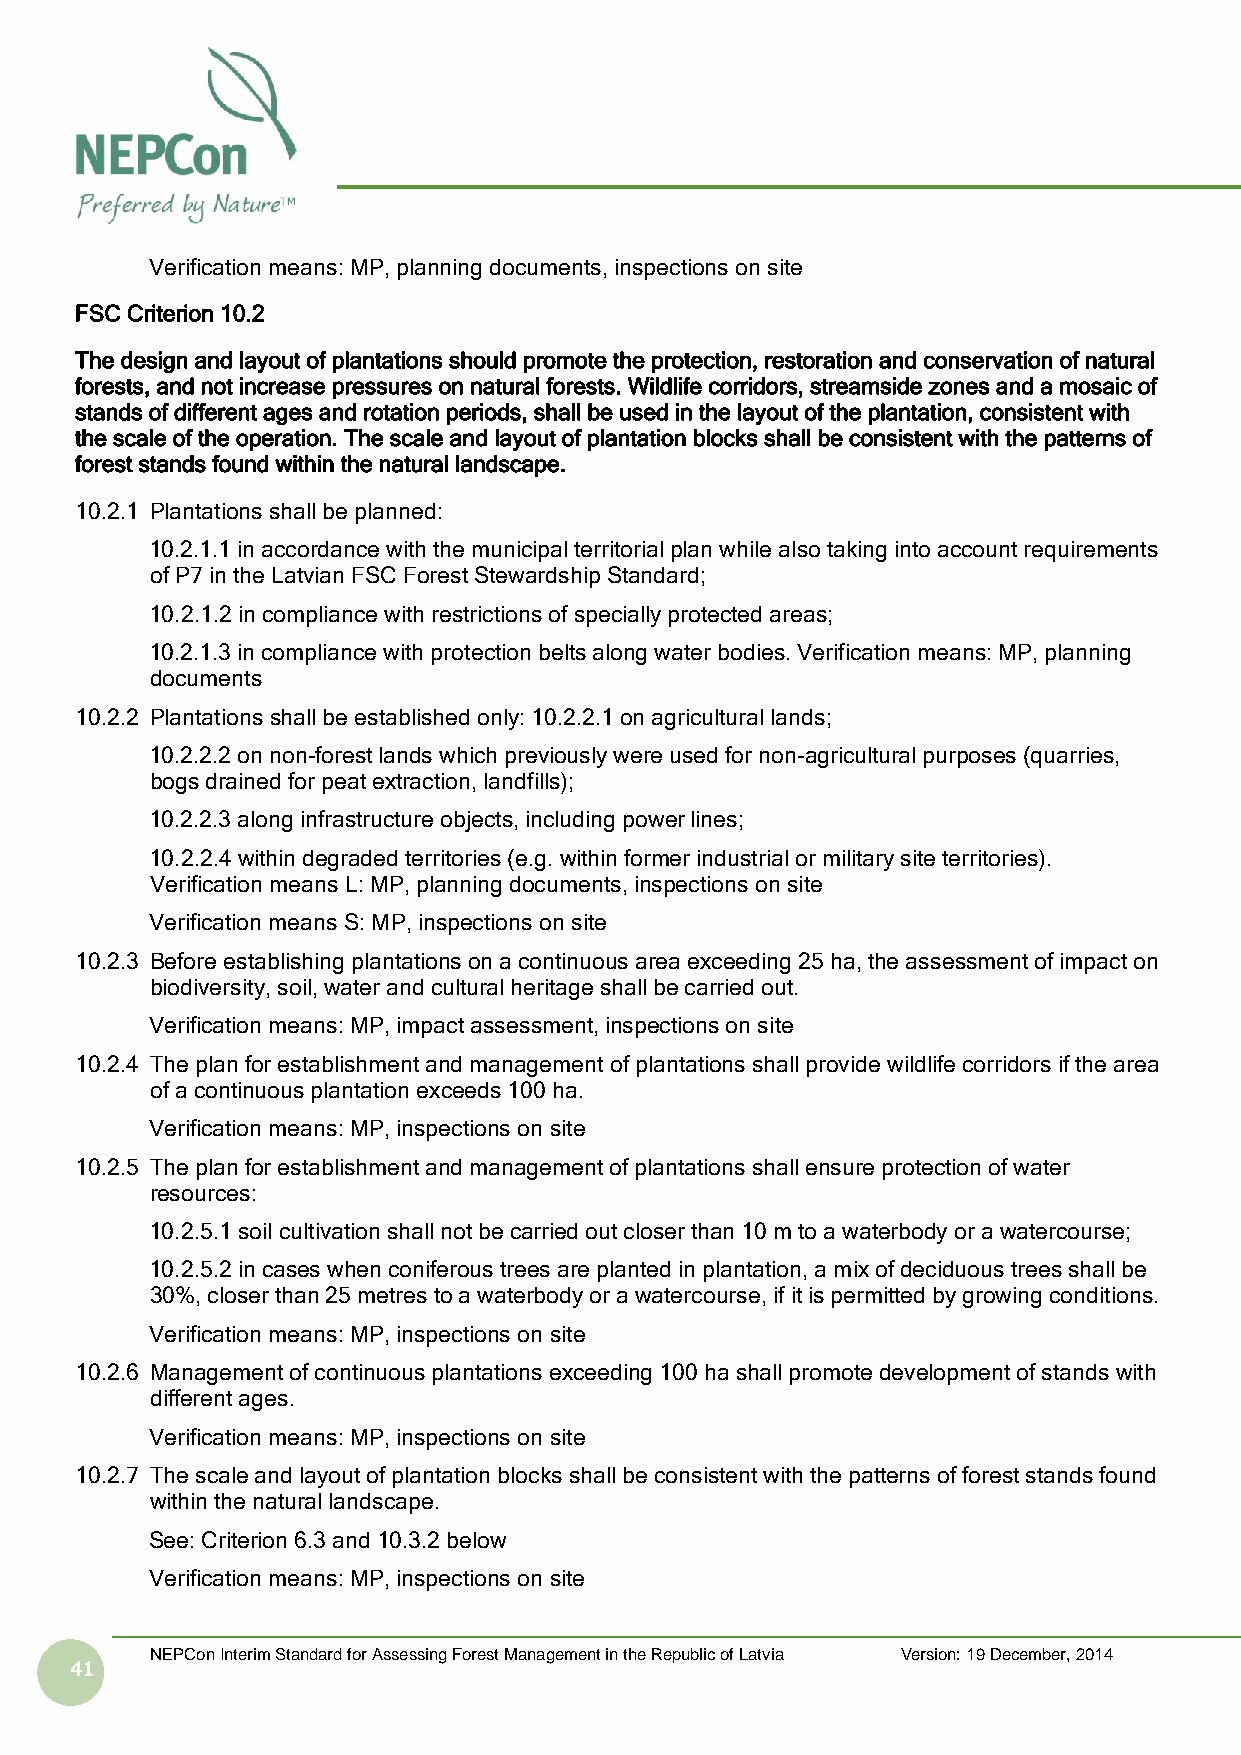
Verification means: MP, planning documents, inspections on site
 FSC Criterion 10.2
 The design and layout of plantations should promote the protection, restoration and conservation of natural
 forests, and not increase pressures on natural forests. Wildlife corridors, streamside zones and a mosaic of
 stands of different ages and rotation periods, shall be used in the layout of the plantation, consistent with
 the scale of the operation. The scale and layout of plantation blocks shall be consistent with the patterns of
 forest stands found within the natural landscape.
 10.2.1 Plantations shall be planned:
 10.2.1.1 in accordance with the municipal territorial plan while also taking into account requirements
 of P7 in the Latvian FSC Forest Stewardship Standard;
 10.2.1.2 in compliance with restrictions of specially protected areas;
 10.2.1.3 in compliance with protection belts along water bodies. Verification means: MP, planning
 documents
 10.2.2 Plantations shall be established only: 10.2.2.1 on agricultural lands;
 10.2.2.2 on non-forest lands which previously were used for non-agricultural purposes (quarries,
 bogs drained for peat extraction, landfills);
 10.2.2.3 along infrastructure objects, including power lines;
 10.2.2.4 within degraded territories (e.g. within former industrial or military site territories).
 Verification means L: MP, planning documents, inspections on site
 Verification means S: MP, inspections on site
 10.2.3 Before establishing plantations on a continuous area exceeding 25 ha, the assessment of impact on
 biodiversity, soil, water and cultural heritage shall be carried out.
 Verification means: MP, impact assessment, inspections on site
 10.2.4 The plan for establishment and management of plantations shall provide wildlife corridors if the area
 of a continuous plantation exceeds 100 ha.
 Verification means: MP, inspections on site
 10.2.5 The plan for establishment and management of plantations shall ensure protection of water
 resources:
 10.2.5.1 soil cultivation shall not be carried out closer than 10 m to a waterbody or a watercourse;
 10.2.5.2 in cases when coniferous trees are planted in plantation, a mix of deciduous trees shall be
 30%, closer than 25 metres to a waterbody or a watercourse, if it is permitted by growing conditions.
 Verification means: MP, inspections on site
 10.2.6 Management of continuous plantations exceeding 100 ha shall promote development of stands with
 different ages.
 Verification means: MP, inspections on site
 10.2.7 The scale and layout of plantation blocks shall be consistent with the patterns of forest stands found
 within the natural landscape.
 See: Criterion 6.3 and 10.3.2 below
 Verification means: MP, inspections on site
 NEPCon Interim Standard for Assessing Forest Management in the Republic of Latvia Version: 19 December, 2014
 41